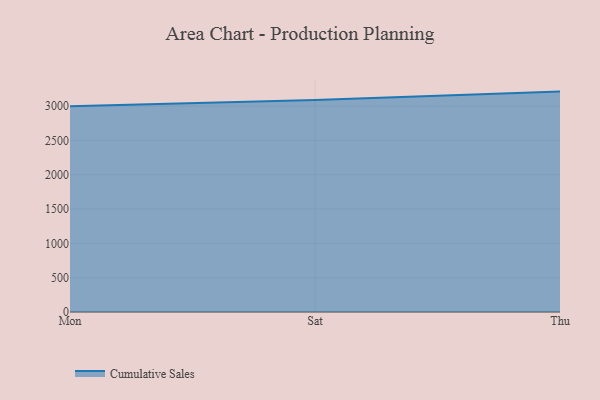
{"axis": {"x": "Day", "y": "Net Income (USD K)"}, "legend": ["Cumulative Sales"], "data": [{"x": "Mon", "y": 2998.3, "type": "Cumulative Sales"}, {"x": "Sat", "y": 3090.8, "type": "Cumulative Sales"}, {"x": "Thu", "y": 3211.5, "type": "Cumulative Sales"}]}